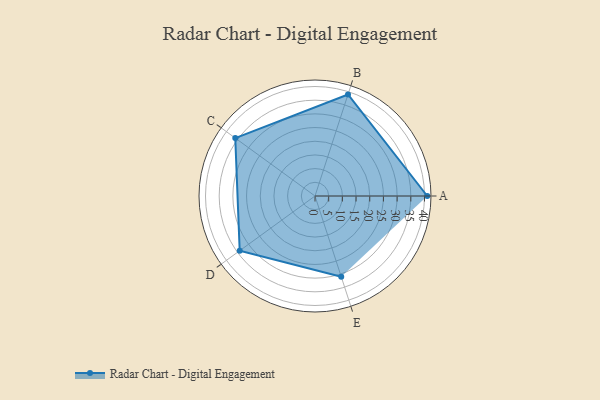
{"axis": {"x": "Skill", "y": "Score"}, "legend": ["Profile"], "data": [{"x": "A", "y": 41.0, "type": "Profile"}, {"x": "B", "y": 39.0, "type": "Profile"}, {"x": "C", "y": 36.0, "type": "Profile"}, {"x": "D", "y": 34.0, "type": "Profile"}, {"x": "E", "y": 31.0, "type": "Profile"}]}